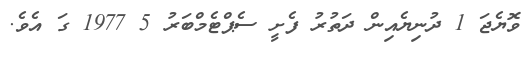
ވޮޔެޖަ 1 ދުނިޔެއިން ދަތުރު ފެށީ ސެޕްޓެމްބަރު 5 1977 ގަ އެވެ.